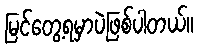
မြင်တွေ့ရမှာပဲဖြစ်ပါတယ်။